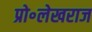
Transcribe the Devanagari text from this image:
प्रो॰लेखराज